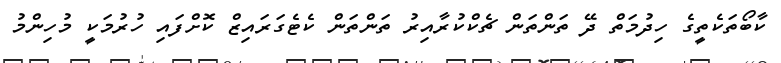
ކާބޯތަކެތީގެ ހިދުމަތް ދޭ ތަންތަން ޗެކްކުރާއިރު ތަންތަން ކެޓެގަރައިޒް ކޮށްފައި ހުރުމަކީ މުހިންމު